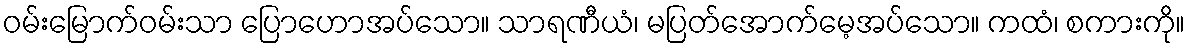
ဝမ်းမြောက်ဝမ်းသာ ပြောဟောအပ်သော။ သာရဏီယံ၊ မပြတ်အောက်မေ့အပ်သော။ ကထံ၊ စကားကို။